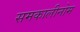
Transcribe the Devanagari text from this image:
समकालीनोम